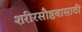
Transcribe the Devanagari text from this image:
शरीरसौष्ठवासाठी